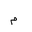
Letter: _mim